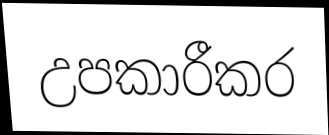
උපකාරීකර